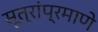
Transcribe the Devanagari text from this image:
सूत्रांप्रमाणे